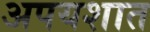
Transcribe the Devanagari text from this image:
अपयशात